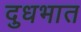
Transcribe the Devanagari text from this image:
दुधभात